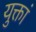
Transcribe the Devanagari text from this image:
युक्तां